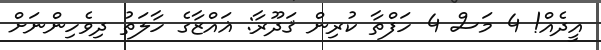
އީދެއް! 4 މަސް 4 ހަފްތާ ކުރިން ޤަދޫރާ: ޣައްޒާގެ ހާލަތު ދިވެހިންނަށް